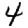
Digit: 4